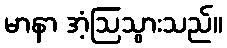
မာနာ အံ့ဩသွားသည်။